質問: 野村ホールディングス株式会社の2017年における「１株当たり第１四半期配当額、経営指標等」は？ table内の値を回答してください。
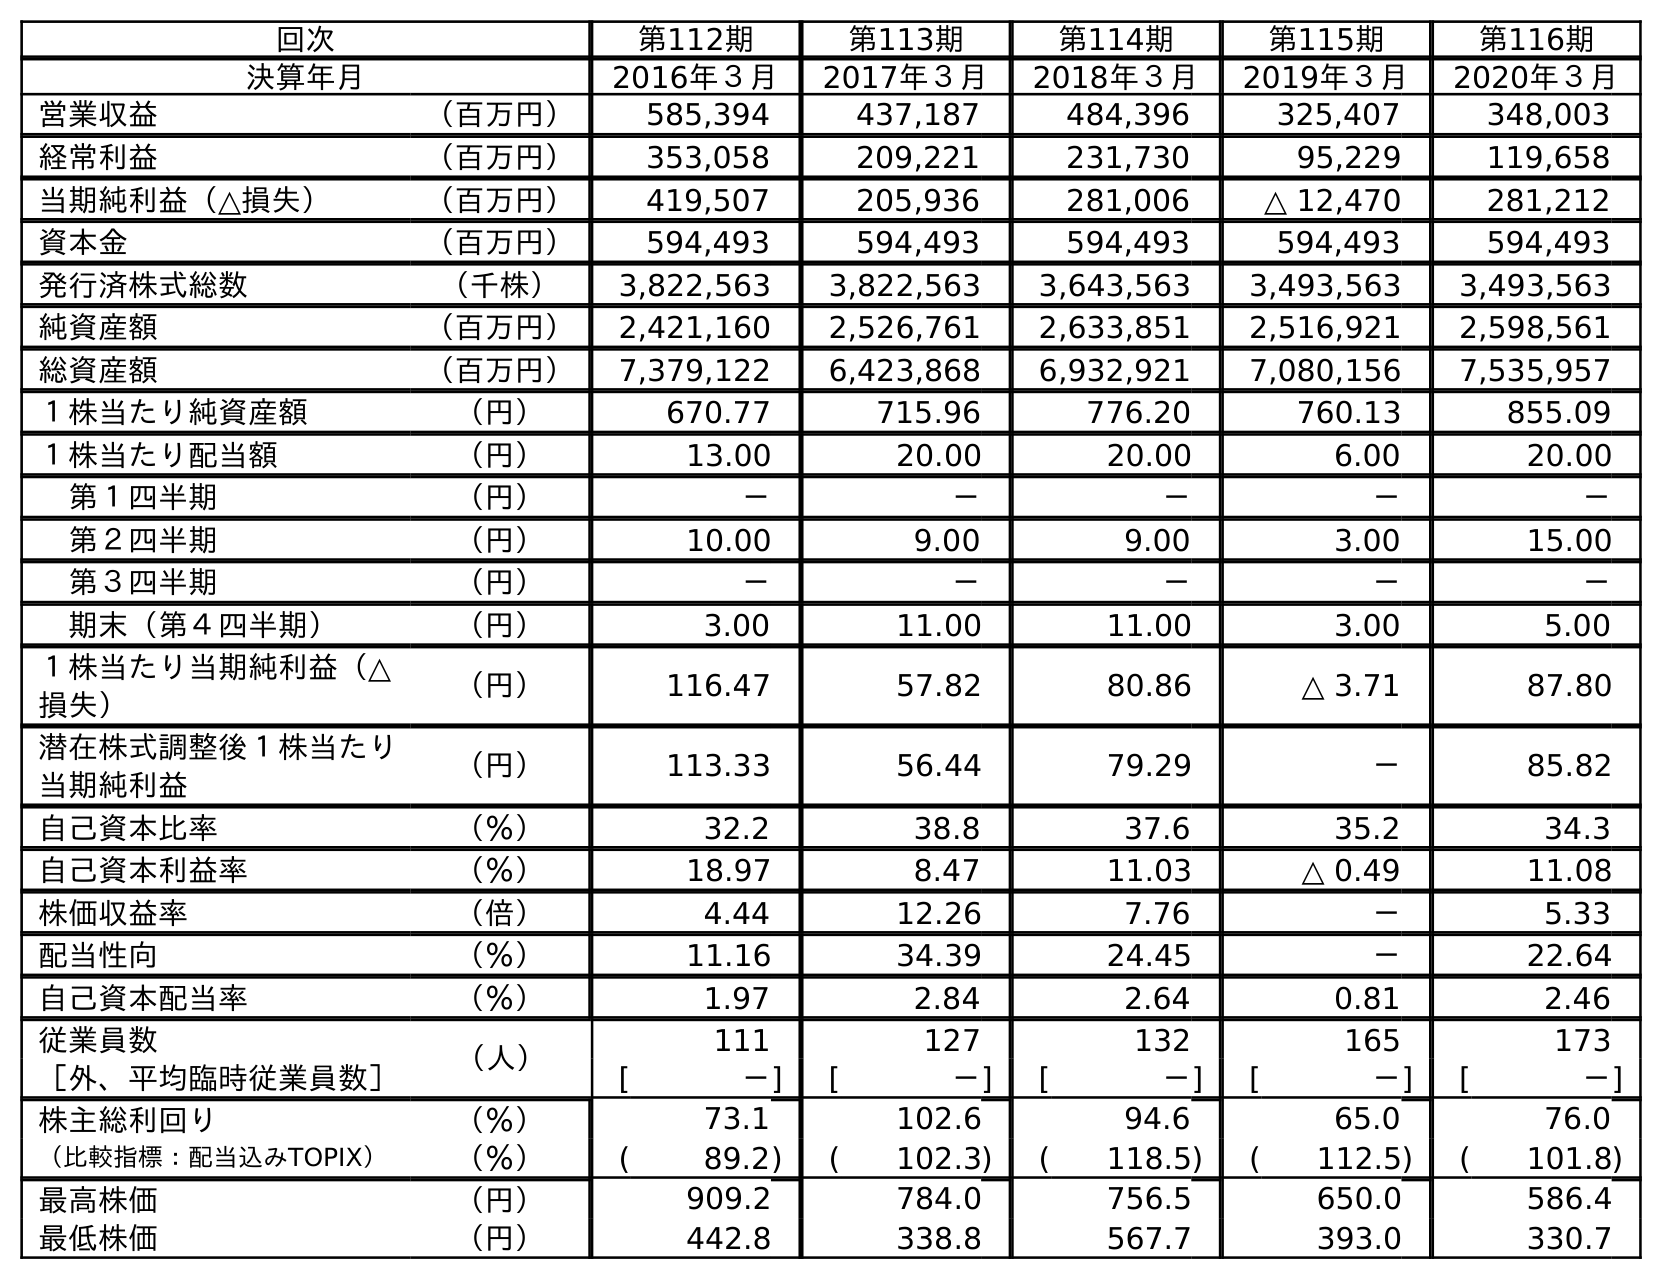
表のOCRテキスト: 回次 第112期 第113期 第114期 第115期 第116期 決算年月 2016年３月 2017年３月 2018年３月 2019年３月 2020年３月 営業収益 （百万円） 585,394 437,187 484,396 325,407 348,003 経常利益 （百万円） 353,058 209,221 231,730 95,229 119,658 当期純利益（△損失） （百万円） 419,507 205,936 281,006 △ 12,470 281,212 資本金 （百万円） 594,493 594,493 594,493 594,493 594,493 発行済株式総数 （千株） 3,822,563 3,822,563 3,643,563 3,493,563 3,493,563 純資産額 （百万円） 2,421,160 2,526,761 2,633,851 2,516,921 2,598,561 総資産額 （百万円） 7,379,122 6,423,868 6,932,921 7,080,156 7,535,957 １株当たり純資産額 （円） 670.77 715.96 776.20 760.13 855.09 １株当たり配当額 （円） 13.00 20.00 20.00 6.00 20.00 第１四半期 （円） － － － － － 第２四半期 （円） 10.00 9.00 9.00 3.00 15.00 第３四半期 （円） － － － － － 期末（第４四半期） （円） 3.00 11.00 11.00 3.00 5.00 １株当たり当期純利益（△ 損失） （円） 116.47 57.82 80.86 △ 3.71 87.80 潜在株式調整後１株当たり 当期純利益 （円） 113.33 56.44 79.29 － 85.82 自己資本比率 （％） 32.2 38.8 37.6 35.2 34.3 自己資本利益率 （％） 18.97 8.47 11.03 △ 0.49 11.08 株価収益率 （倍） 4.44 12.26 7.76 － 5.33 配当性向 （％） 11.16 34.39 24.45 － 22.64 自己資本配当率 （％） 1.97 2.84 2.64 0.81 2.46 従業員数 （人） 111 127 132 165 173 ［外、平均臨時従業員数］ [ －] [ －] [ －] [ －] [ －] 株主総利回り （％） 73.1 102.6 94.6 65.0 76.0 （比較指標：配当込みTOPIX） （％） ( 89.2) ( 102.3) ( 118.5) ( 112.5) ( 101.8) 最高株価 （円） 909.2 784.0 756.5 650.0 586.4 最低株価 （円） 442.8 338.8 567.7 393.0 330.7
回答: －